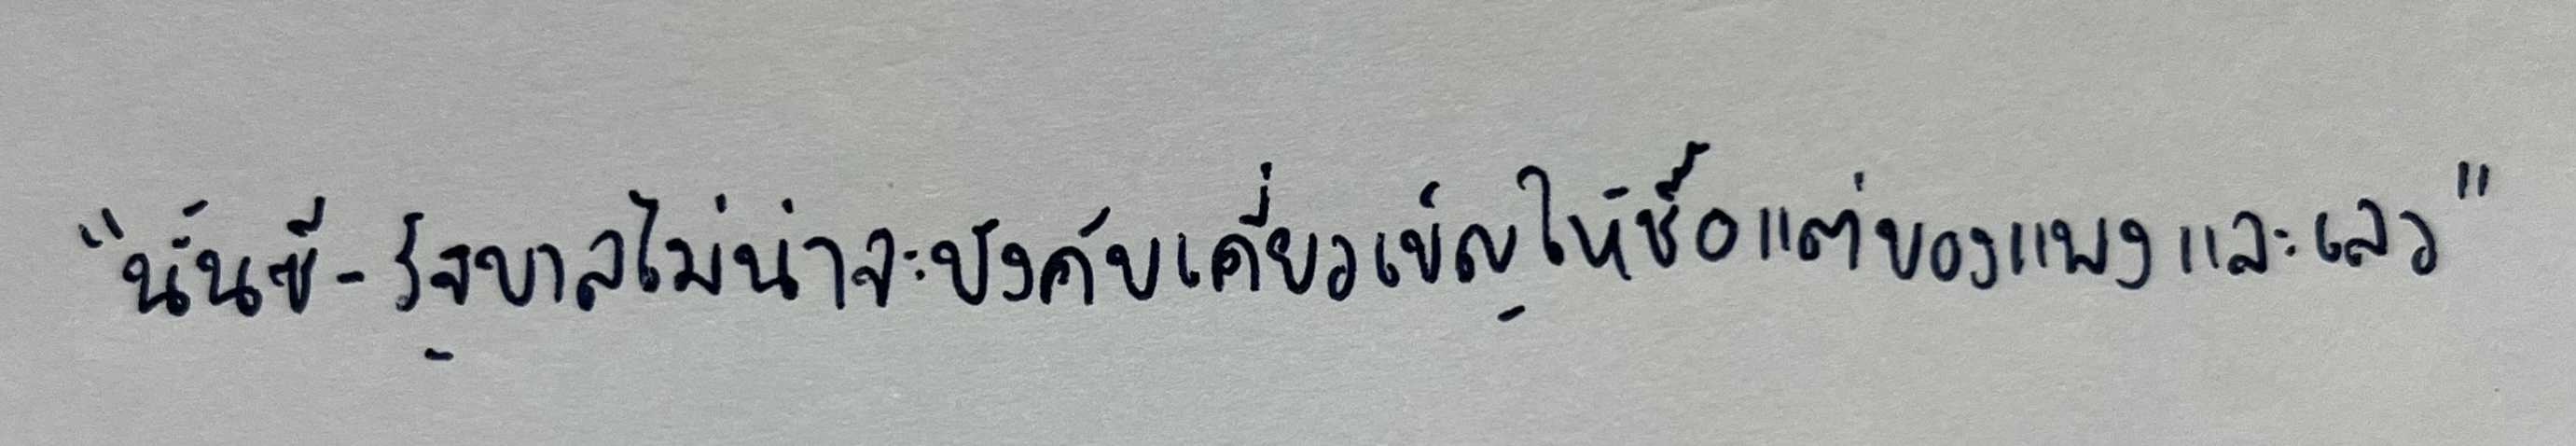
"นั่นซี-รัฐบาลไม่น่าจะบังคับเคี่ยวเข็ญให้ซื้อแต่ของแพงและเลว"